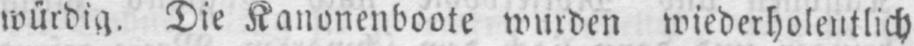
würdig. Die Kanonenboote wurden wiederholentlich